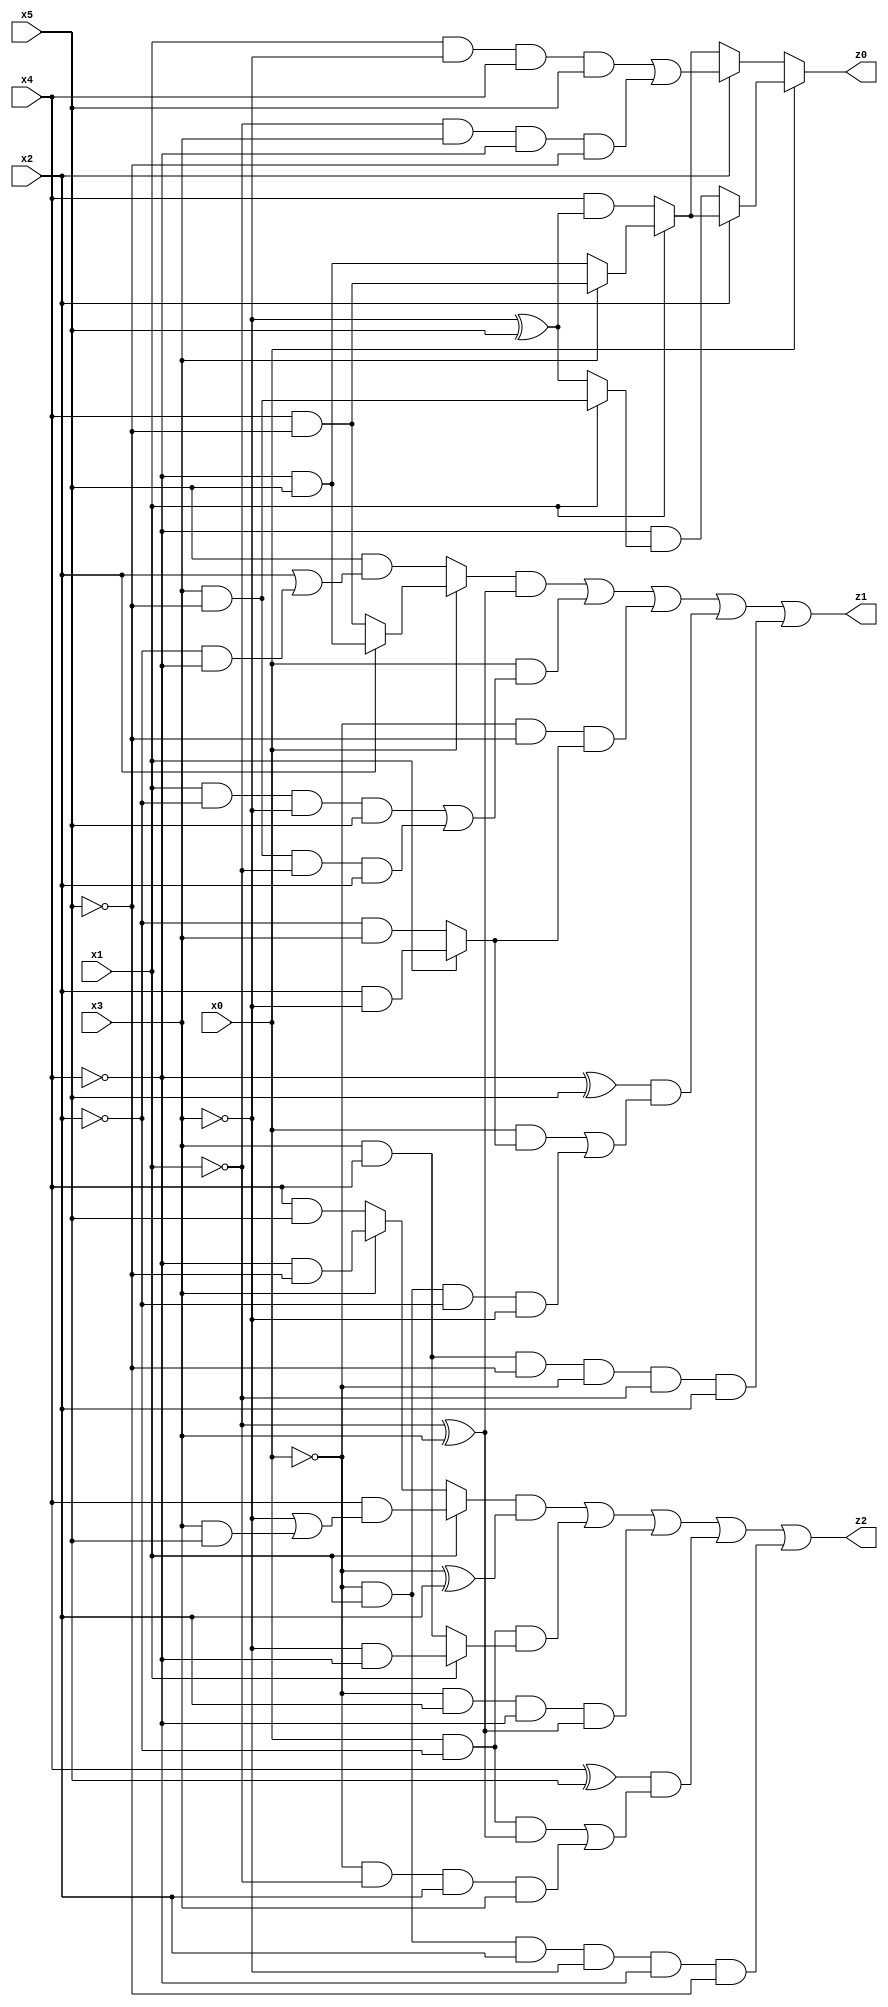
// Benchmark "q_10" written by ABC on Tue Jul 11 01:37:02 2023

module q_10 ( 
    x0, x1, x2, x3, x4, x5,
    z0, z1, z2  );
  input  x0, x1, x2, x3, x4, x5;
  output z0, z1, z2;
  assign z0 = x0 ? (x2 ? (x1 ? (x3 ? (x4 & ~x5) : (~x4 & x5)) : (x4 & (~x3 ^ x5))) : (~x4 & (x1 ? (x3 & ~x5) : (~x3 ^ x5)))) : (x2 ? ((x1 & ~x3 & x4 & x5) | (~x1 & x3 & ~x4 & ~x5)) : (x1 ? (x3 ? (x4 & ~x5) : (~x4 & x5)) : (x4 & (~x3 ^ x5))));
  assign z1 = ((x0 ? (x2 ? (~x4 & x5) : (x4 & ~x5)) : (x5 & (x2 | (~x2 & ~x4)))) & (~x1 ^ x3)) | (x0 & ((x1 & ~x2 & ~x3 & x5) | (x3 & ~x5 & ~x1 & x2))) | (~x0 & ~x5 & (x1 ? (x2 & ~x3) : (~x2 & x3))) | ((~x4 ^ x5) & ((x0 & (x1 ? (x2 & ~x3) : (~x2 & x3))) | (~x0 & x1 & ~x2 & ~x3))) | (x3 & x4 & ~x5 & ~x0 & ~x1 & x2);
  assign z2 = ((x1 ? (x4 & (~x3 | (x3 & x5))) : (x3 ? (~x4 & ~x5) : (x4 & x5))) & (~x0 ^ x2)) | (x0 & ~x2 & (x1 ? (~x3 & ~x4) : (x3 & x4))) | (~x0 & x2 & ~x4 & (~x1 ^ x3)) | ((x4 ^ x5) & ((x0 & ~x2 & (~x1 ^ x3)) | (~x0 & ~x1 & x2 & x3))) | (~x0 & x1 & x2 & ~x3 & ~x4 & ~x5);
endmodule